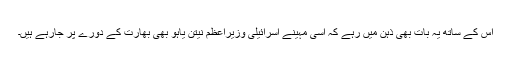
اس کے ساتھ یہ بات بھی ذہن میں رہے کہ اسی مہینے اسرائیلی وزیراعظم نیتن یاہو بھی بھارت کے دورے پر جارہے ہیں۔